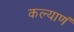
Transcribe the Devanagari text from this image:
कल्याणं